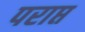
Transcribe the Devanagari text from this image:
पराप्त